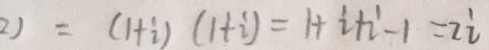
2 ) = ( 1 + i ) ( 1 + i ) = 1 + i + i - 1 = 2 i